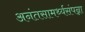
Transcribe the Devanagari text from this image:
अनंतसामर्थ्यसंपन्ना